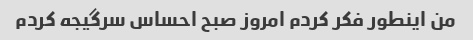
من اینطور فکر کردم امروز صبح احساس سرگیجه کردم